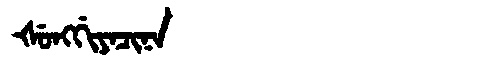
Manchu: ᡧᡠᠩᡤᡳᠶᠠᠴᡳᠨᠠ
Romanization: ŠUNGGIYACINA